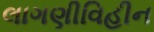
લાગણીવિહીન